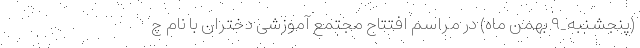
(پنجشنبه_۹ بهمن ماه) در مراسم افتتاح مجتمع آموزشی دختران با نام چ